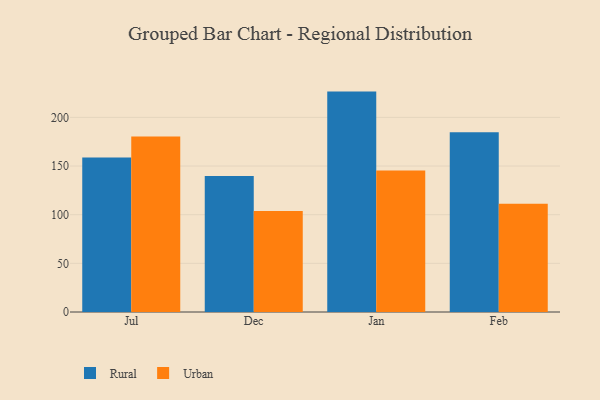
{"axis": {"x": "Month", "y": "Conversion Rate (%)"}, "legend": ["Rural", "Urban"], "data": [{"x": "Jul", "y": 158.9, "type": "Rural"}, {"x": "Jul", "y": 180.3, "type": "Urban"}, {"x": "Dec", "y": 139.7, "type": "Rural"}, {"x": "Dec", "y": 103.9, "type": "Urban"}, {"x": "Jan", "y": 226.5, "type": "Rural"}, {"x": "Jan", "y": 145.5, "type": "Urban"}, {"x": "Feb", "y": 184.8, "type": "Rural"}, {"x": "Feb", "y": 111.3, "type": "Urban"}]}